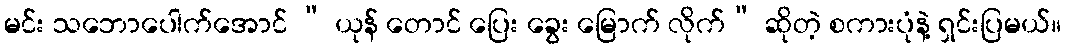
မင်း သဘောပေါက်အောင် “ ယုန် တောင် ပြေး ခွေး မြောက် လိုက်” ဆိုတဲ့ စကားပုံနဲ့ ရှင်းပြမယ်။